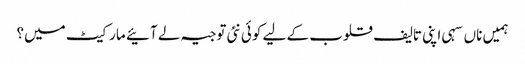
ہمیں ناں سہی اپنی تالیف قلوب کے لیے کوئی نئی توجیہ لے آئیے مارکیٹ میں؟